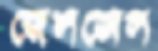
জেলজেল